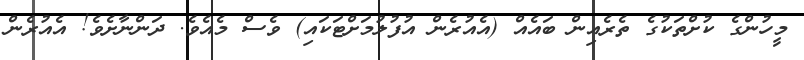
މީހުންގެ ކުށްތަކުގެ ތެރެއިން ބައެއް (އެއުރެން އުފުލުމަށްޓަކައި) ވެސް މެއެވެ. ދަންނާށެވެ! އެއުރެން